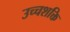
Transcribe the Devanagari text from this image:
उच्‍चशक्ति